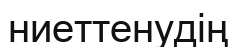
ниеттенудің